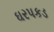
ઘરપકડ